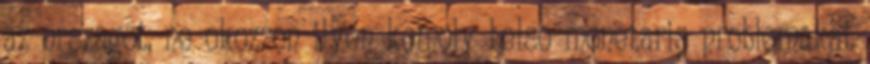
az orszagot, ne okozzon ilyen komoly belso monetaris problemakat